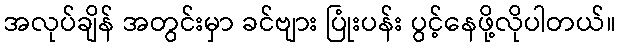
အလုပ်ချိန် အတွင်းမှာ ခင်ဗျား ပြုံးပန်း ပွင့်နေဖို့လိုပါတယ်။